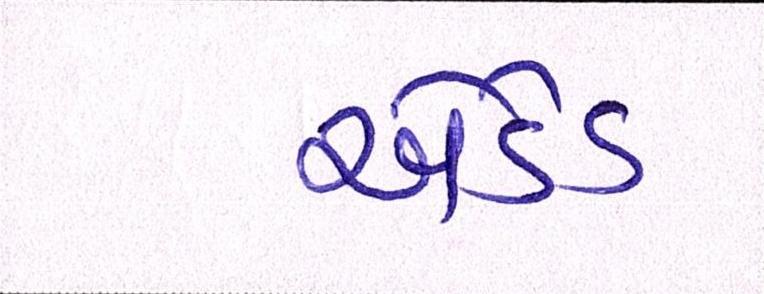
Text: એડેડ